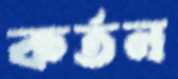
কর্তন